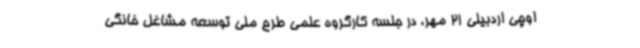
اوچی اردبیلی 21 مهر، در جلسه کارگروه علمی طرح ملی توسعه مشاغل خانگی